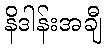
နိဒါန်းအချီ